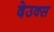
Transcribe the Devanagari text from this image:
देउक्स